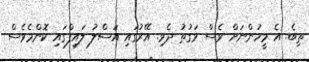
ތިބެ. އެ މީހުންނަށް ވެސް ވަގުތު ދެވި. އޭރުގައި އަސްލު ލައިފްގައި ކޮންމެވެސް